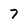
Character: 7